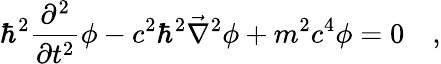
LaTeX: \hbar^{2}\frac{\partial^{2}}{\partial t^{2}}\phi-c^{2}\hbar^{2}\vec{\nabla}^{2}\phi+m^{2}c^{4}\phi=0\quad,